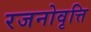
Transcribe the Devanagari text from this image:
रजनोवृत्ति